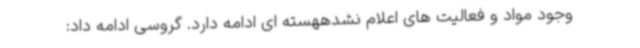
وجود مواد و فعالیت های اعلام نشدههسته ای ادامه دارد. گروسی ادامه داد: